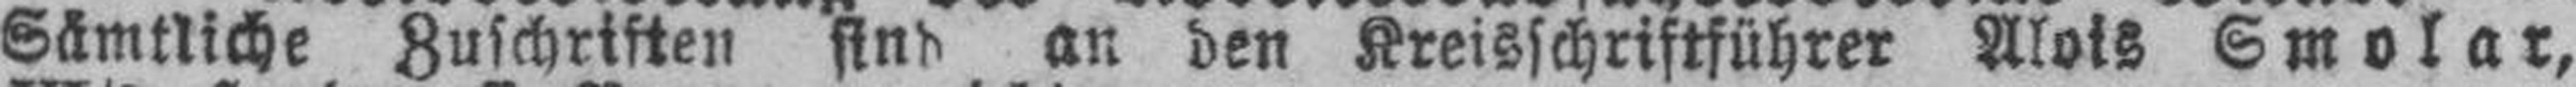
Sämtliche Zuschriften sind an den Kreisschriftführer Alois Smolar,